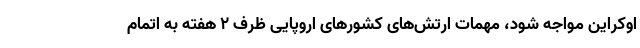
اوکراین مواجه شود، مهمات ارتش‌های کشورهای اروپایی ظرف ۲ هفته به اتمام